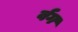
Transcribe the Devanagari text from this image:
र्वग